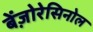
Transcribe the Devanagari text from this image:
बेंज़ोरेसिनोल